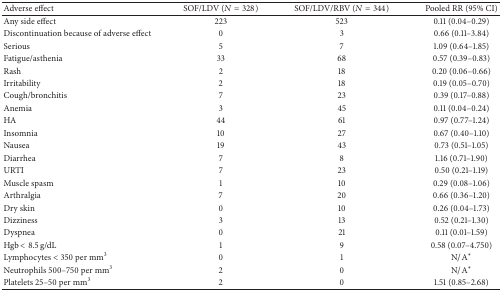
| Adverse effect | SOF/LDV (N = 328) | SOF/LDV/RBV (N = 344) | Pooled RR (95% CI) |
 | --- | --- | --- | --- |
 | Any side effect | 223 | 523 | 0.11 (0.04–0.29) |
 | Discontinuation because of adverse effect | 0 | 3 | 0.66 (0.11–3.84) |
 | Serious | 5 | 7 | 1.09 (0.64–1.85) |
 | Fatigue/asthenia | 33 | 68 | 0.57 (0.39–0.83) |
 | Rash | 2 | 18 | 0.20 (0.06–0.66) |
 | Irritability | 2 | 18 | 0.19 (0.05–0.70) |
 | Cough/bronchitis | 7 | 23 | 0.39 (0.17–0.88) |
 | Anemia | 3 | 45 | 0.11 (0.04–0.24) |
 | HA | 44 | 61 | 0.97 (0.77–1.24) |
 | Insomnia | 10 | 27 | 0.67 (0.40–1.10) |
 | Nausea | 19 | 43 | 0.73 (0.51–1.05) |
 | Diarrhea | 7 | 8 | 1.16 (0.71–1.90) |
 | URTI | 7 | 23 | 0.50 (0.21–1.19) |
 | Muscle spasm | 1 | 10 | 0.29 (0.08–1.06) |
 | Arthralgia | 7 | 20 | 0.66 (0.36–1.20) |
 | Dry skin | 0 | 10 | 0.26 (0.04–1.73) |
 | Dizziness | 3 | 13 | 0.52 (0.21–1.30) |
 | Dyspnea | 0 | 21 | 0.11 (0.01–1.59) |
 | Hgb < 8.5 g/dL | 1 | 9 | 0.58 (0.07–4.750) |
 | Lymphocytes < 350 per mm3 | 0 | 1 | N/A∗ |
 | Neutrophils 500–750 per mm3 | 2 | 0 | N/A∗ |
 | Platelets 25–50 per mm3 | 2 | 0 | 1.51 (0.85–2.68) |